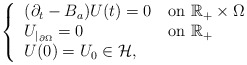
\begin{align*}\left\{\begin{tabular}{ll}$(\partial _{t}-B_a)U(t)=0$ & on $\mathbb{R}_{+}\times \Omega $ \\$U_{|_{\partial \Omega }}=0$ & on $\mathbb{R}_{+}$ \\$U(0)=U_{0}\in \mathcal H,$ &\end{tabular}\right.\end{align*}